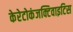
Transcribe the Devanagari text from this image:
केरेटोकंजक्टिवाइटिस